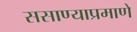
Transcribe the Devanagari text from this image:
ससाण्याप्रमाणे